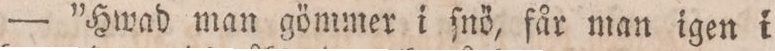
— ”Hwad man gömmer i ſnö, får man igen i